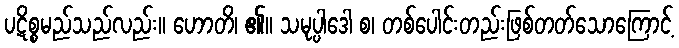
ပဋိစ္စမည်သည်လည်း။ ဟောတိ၊ ၏။ သမုပ္ပါဒေါ စ၊ တစ်ပေါင်းတည်းဖြစ်တတ်သောကြောင့်